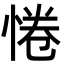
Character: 惓